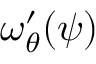
\omega _ { \theta } ^ { \prime } ( \psi )